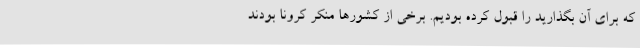
که برای آن بگذارید را قبول کرده بودیم. برخی از کشورها منکر کرونا بودند